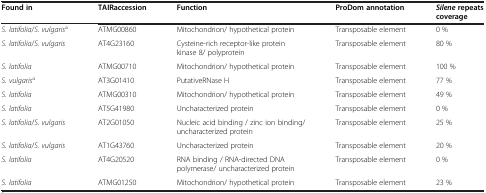
<table><thead><tr><td><b>Found in</b></td><td><b>TAIR accession</b></td><td><b>Function</b></td><td><b>ProDom annotation</b></td><td><b><i>Silene</i> repeats coverage</b></td></tr></thead><tbody><tr><td><i>S. latifolia</i>/<i>S. vulgaris</i><sup>a</sup></td><td>ATMG00860</td><td>Mitochondrion/ hypothetical protein</td><td>Transposable element</td><td>0 %</td></tr><tr><td><i>S. latifolia</i>/<i>S. vulgaris</i></td><td>AT4G23160</td><td>Cysteine-rich receptor-like protein kinase 8/ polyprotein</td><td>Transposable element</td><td>80 %</td></tr><tr><td><i>S. latifolia</i></td><td>ATMG00710</td><td>Mitochondrion/ hypothetical protein</td><td>Transposable element</td><td>100 %</td></tr><tr><td><i>S. vulgaris</i><sup>a</sup></td><td>AT3G01410</td><td>PutativeRNase H</td><td>Transposable element</td><td>77 %</td></tr><tr><td><i>S. latifolia</i></td><td>ATMG00310</td><td>Mitochondrion/ hypothetical protein</td><td>Transposable element</td><td>49 %</td></tr><tr><td><i>S. latifolia</i></td><td>AT5G41980</td><td>Uncharacterized protein</td><td>Transposable element</td><td>0 %</td></tr><tr><td><i>S. latifolia</i>/<i>S. vulgaris</i></td><td>AT2G01050</td><td>Nucleic acid binding / zinc ion binding/ uncharacterized protein</td><td>Transposable element</td><td>25 %</td></tr><tr><td><i>S. latifolia</i>/<i>S. vulgaris</i></td><td>AT1G43760</td><td>Uncharacterized protein</td><td>Transposable element</td><td>20 %</td></tr><tr><td><i>S. latifolia</i></td><td>AT4G20520</td><td>RNA binding / RNA-directed DNA polymerase/ uncharacterized protein</td><td>Transposable element</td><td>0 %</td></tr><tr><td><i>S. latifolia</i></td><td>ATMG01250</td><td>Mitochondrion/ hypothetical protein</td><td>Transposable element</td><td>23 %</td></tr></tbody></table>